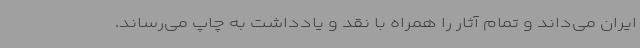
ایران می‌داند و تمام آثار را همراه با نقد و یادداشت به چاپ می‌رساند.